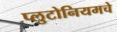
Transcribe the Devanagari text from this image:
प्लुटोनियमचे